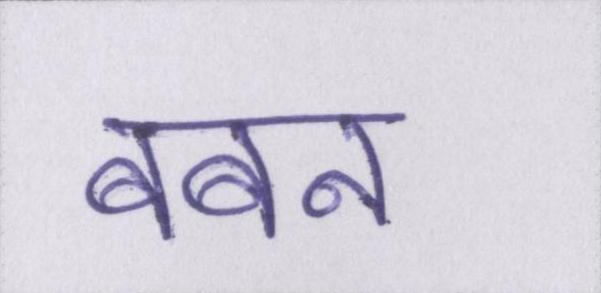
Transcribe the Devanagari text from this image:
बबन